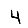
Digit: 4